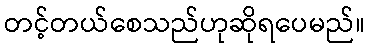
တင့်တယ်စေသည်ဟုဆိုရပေမည်။